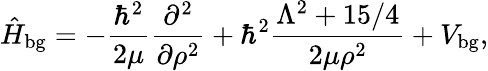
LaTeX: \hat{H}_{\mathrm{bg}}=-\frac{\hbar^{2}}{2\mu}\frac{\partial^{2}}{\partial\rho^{2}}+\hbar^{2}\frac{\Lambda^{2}+15/4}{2\mu\rho^{2}}+V_{\mathrm{bg}},